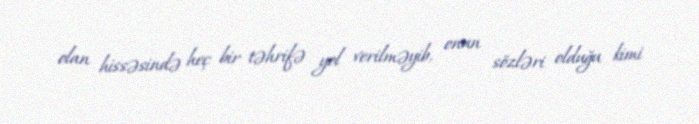
olan hissəsində heç bir təhrifə yol verilməyib, onun sözləri olduğu kimi